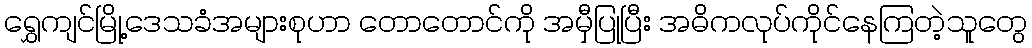
ရွှေကျင်မြို့ဒေသခံအများစုဟာ တောတောင်ကို အမှီပြုပြီး အဓိကလုပ်ကိုင်နေကြတဲ့သူတွေ